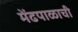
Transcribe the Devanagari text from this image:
मेंढपाळाची